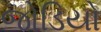
જોડિયો